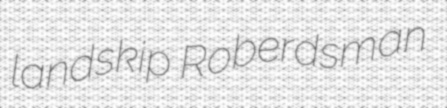
landskip Roberdsman